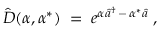
{ \hat { D } } ( \alpha , \alpha ^ { * } ) \; = \; e ^ { \alpha { \hat { a } } ^ { \dagger } \, - \, \alpha ^ { * } { \hat { a } } } \; ,